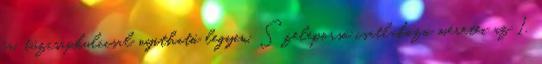
fa. tûzcsapkulccsal nyitható legyen. Szeleporsó csatlakozó méretei az 1.